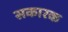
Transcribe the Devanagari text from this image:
सकारक